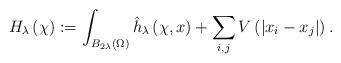
LaTeX: \begin{align*}H_{\lambda}\left( \chi \right):=\int_{B_{2\lambda}(\Omega)}\hat{h}_{\lambda}\left( \chi ,x\right )+\sum_{i,j} V\left(|x_i-x_j|\right).\end{align*}